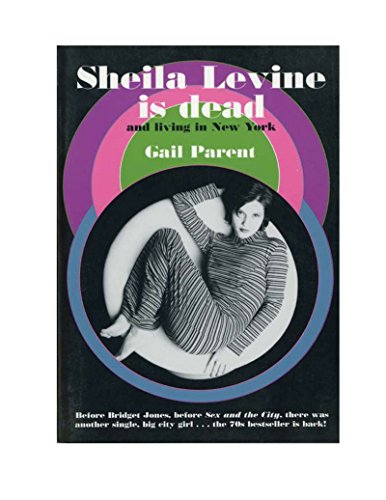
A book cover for Sheila Levine is Dead and Living in New York; Gail Parent; Literature & Fiction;